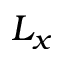
L _ { x }